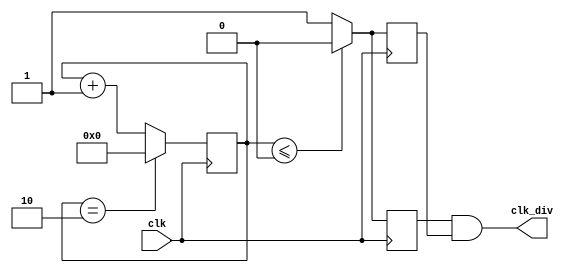
module FD2(
    input wire clk,
    output wire clk_div
);

parameter integer N=3;
reg [31:0] cnt;

always @ (posedge clk) begin
    if( cnt == N-1'b1 ) cnt <= 'b0;
    else cnt <= cnt + 1'b1;
end

reg clk_div_p;
always @ (posedge clk ) begin
    if( cnt <= (N>>2) ) clk_div_p <=1'b0;
    else clk_div_p <= 1'b1;
end
reg clk_div_n;
always @ (negedge clk ) begin
    if( cnt <= (N>>2) ) clk_div_n <=1'b0;
    else clk_div_n <= 1'b1;
end

assign clk_div = clk_div_p & clk_div_n;

initial begin
    cnt <='b0;
end

endmodule